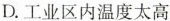
D.工业区内温度太高